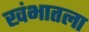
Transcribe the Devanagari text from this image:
खंभातला